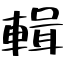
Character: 輯